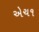
એચ૧